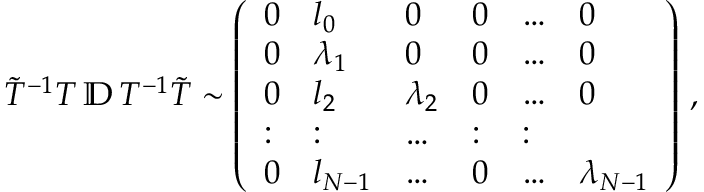
\begin{array} { r } { \tilde { T } ^ { - 1 } T \, \mathbb { D } \, T ^ { - 1 } \tilde { T } \sim \left( \begin{array} { l l l l l l } { 0 } & { l _ { 0 } } & { 0 } & { 0 } & { \dots } & { 0 } \\ { 0 } & { \lambda _ { 1 } } & { 0 } & { 0 } & { \dots } & { 0 } \\ { 0 } & { l _ { 2 } } & { \lambda _ { 2 } } & { 0 } & { \dots } & { 0 } \\ { : } & { : } & { \dots } & { : } & { : } \\ { 0 } & { l _ { N - 1 } } & { \dots } & { 0 } & { \dots } & { \lambda _ { N - 1 } } \end{array} \right) \, , } \end{array}